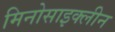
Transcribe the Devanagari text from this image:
मिनोसाइक्लीन